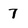
Character: 7